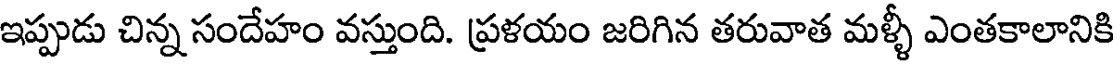
ఇప్పుడు చిన్న సందేహం వస్తుంది. ప్రళయం జరిగిన తరువాత మళ్ళీ ఎంతకాలానికి